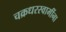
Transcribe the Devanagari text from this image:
चक्रधरस्वामींना